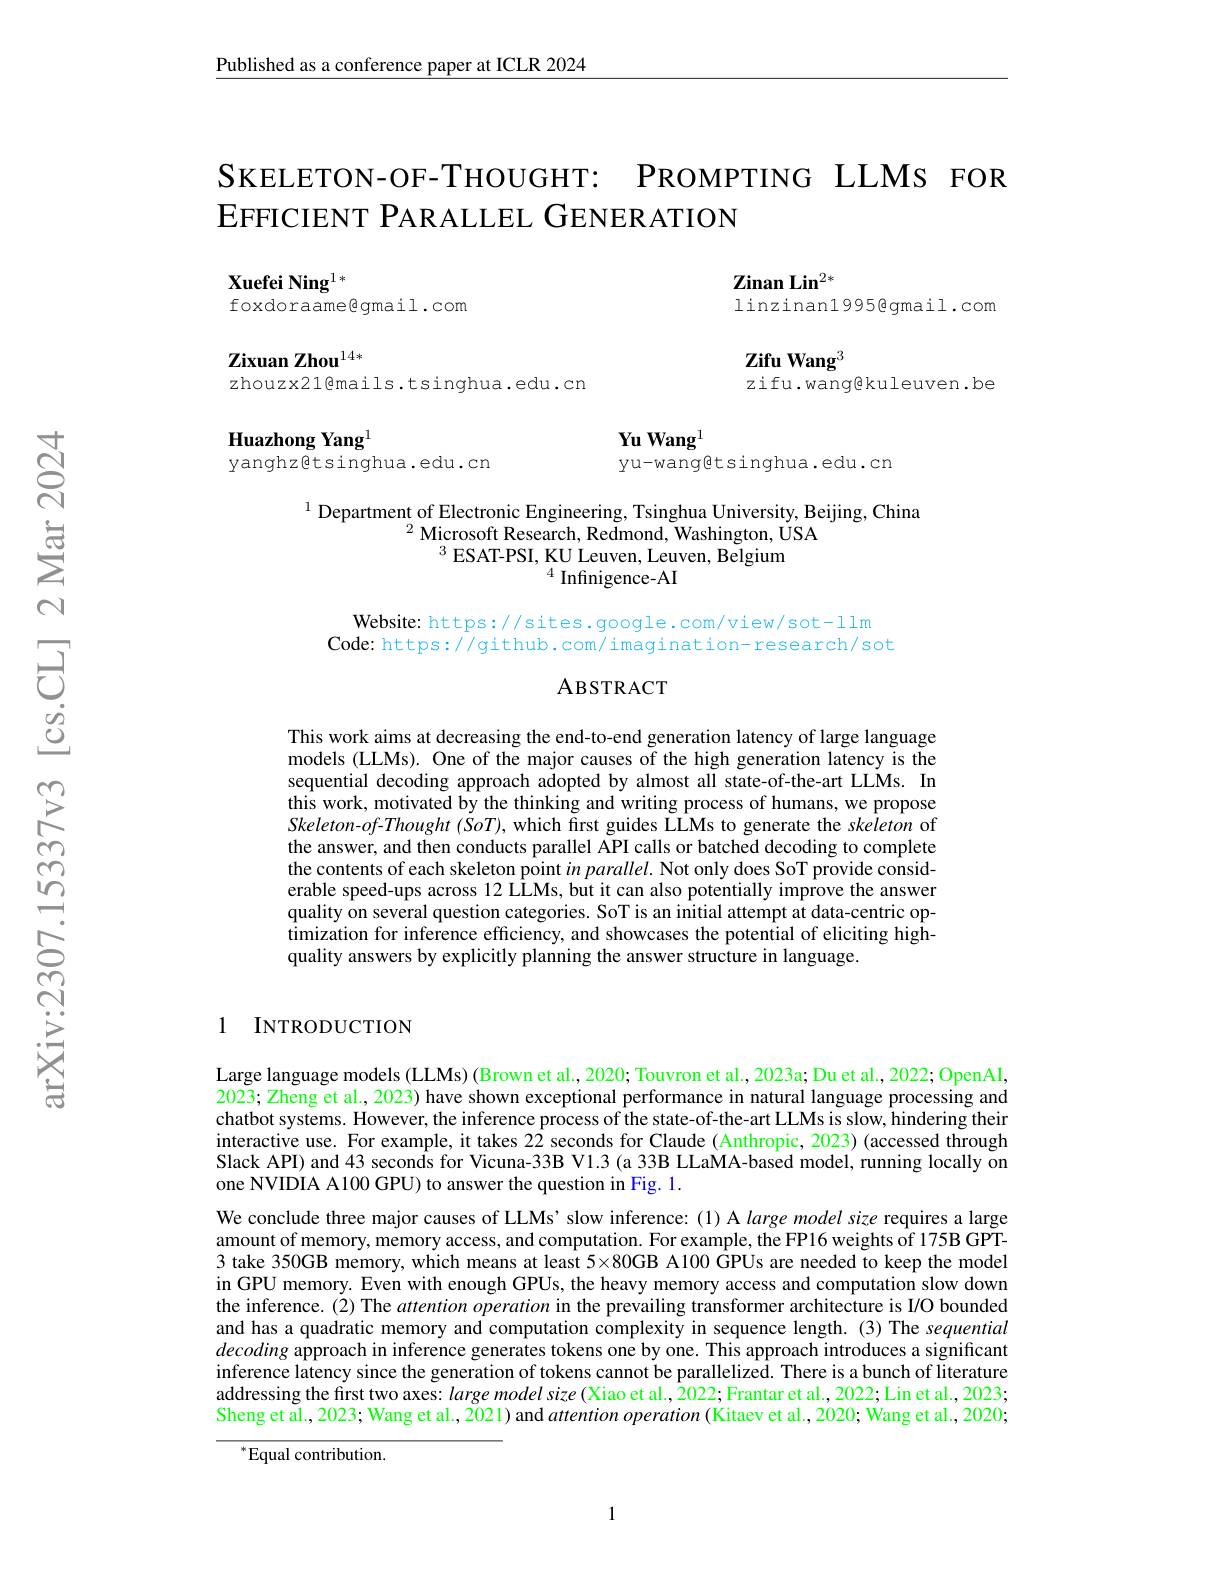
$\underline{\text{Published as a conference paper at ICLR 2024}}$

SKELETON- OF- THOUGHT: PROMPTING LLMS FOR
EFFICIENT PARALLEL GENERATION

Zinan Lin$^{2*}$

Xuefei Ning$^{1*}$
foxdoraame@gmail.com

linzinan1995@gmail.com

Zifu Wang$^{3}$

Zixuan Zhou$^{14*}$

zhouzx21@mails.tsinghua.edu.cn

zifu.wangekuleuven.be

$Yu~Wang^{1}$

Huazhong Yang$^{1}$
yanghz@tsinghua.edu.cn

yu-wangetsinghua.edu.cn

$^{1}$ Department of Electronic Engineering, Tsinghua University, Beijing, China
$^{2}$Microsoft Research, Redmond, Washington, USA
$^{3}$ESAT-PSI, KU Leuven, Leuven, Belgium
$^{4}$ Infinigence-AI

Website: https://sites.google.com/view/sot-1lm
Code: https://github.com/imagination-research/sot

### ABSTRACT

This work aims at decreasing the end-to-end generation latency of large language models (LLMs). One of the major causes of the high generation latency is the sequential decoding approach adopted by almost all state-of-the-art LLMs. In this work, motivated by the thinking and writing process of humans, we propose Skeleton-of-Thought (SoT), which first guides LLMs to generate the skeleton of the answer, and then conducts parallel API calls or batched decoding to complete the contents of each skeleton point in parallel. Not only does SoT provide considerable speed-ups across 12 LLMs, but it can also potentially improve the answer quality on several question categories. SoT is an initial attempt at data-centric optimization for inference efficiency, and showcases the potential of eliciting highquality answers by explicitly planning the answer structure in language.

### 1 INTRODUCTION

Large language models (LLMs) (Brown et al., 2020; Touvron et al., 2023a; Du et al., 2022; OpenAI, 2023; Zheng et al., 2023) have shown exceptional performance in natural language processing and chatbot systems. However, the inference process of the state-of-the-art LLMs is slow, hindering their interactive use. For example, it takes $2\hat{2}$ seconds for Claude (Anthropic, 2023) (accessed through Slack API) and 43 seconds for Vicuna-33B V1.3 (a 33B LLaMA-based model, running locally on one NVIDIA A100 GPU) to answer the question in Fig. 1.

We conclude three major causes of LLMs' slow inference: (1) A large model size requires a large amount of memory, memory access, and computation. For example, the FP16 weights $\hat{\text{of 175B GPT-}}$ 3 take 350GB memory, which means at least 5×80GB A100 GPUs are needed to keep the model in GPU memory. Even with enough GPUs, the heavy memory access and computation slow down the inference.(2) The attention operation in the prevailing transformer architecture is I/O bounded and has a quadratic memory and computation complexity in sequence length.(3) The sequential decoding approach in inference generates tokens one by one. This approach introduces a significant inference latency since the generation of tokens cannot be parallelized. There is a bunch of literature addressing the first two axes: large model size (Xiao et al., 2022; Frantar et al., 2022; Lin et al., 2023; Sheng et al., 2023; Wang et al., 2021) and attention operation (Kitaev et al., 2020; Wang et al., 2020;

$^{*}$Equal contribution.

1